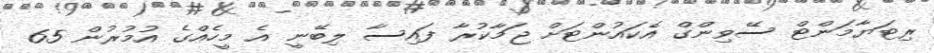
ރިޓަޔާމަންޓް ސޭވިންގް އެކައުންޓަށް ޖަމާކުރާ ފައިސާ ލިބޭނީ އެ މީހެއްގެ އުމުރުން 65